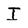
Character: I